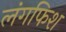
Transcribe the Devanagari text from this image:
लंगफिश